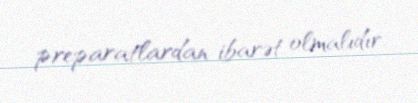
preparatlardan ibarət olmalıdır.